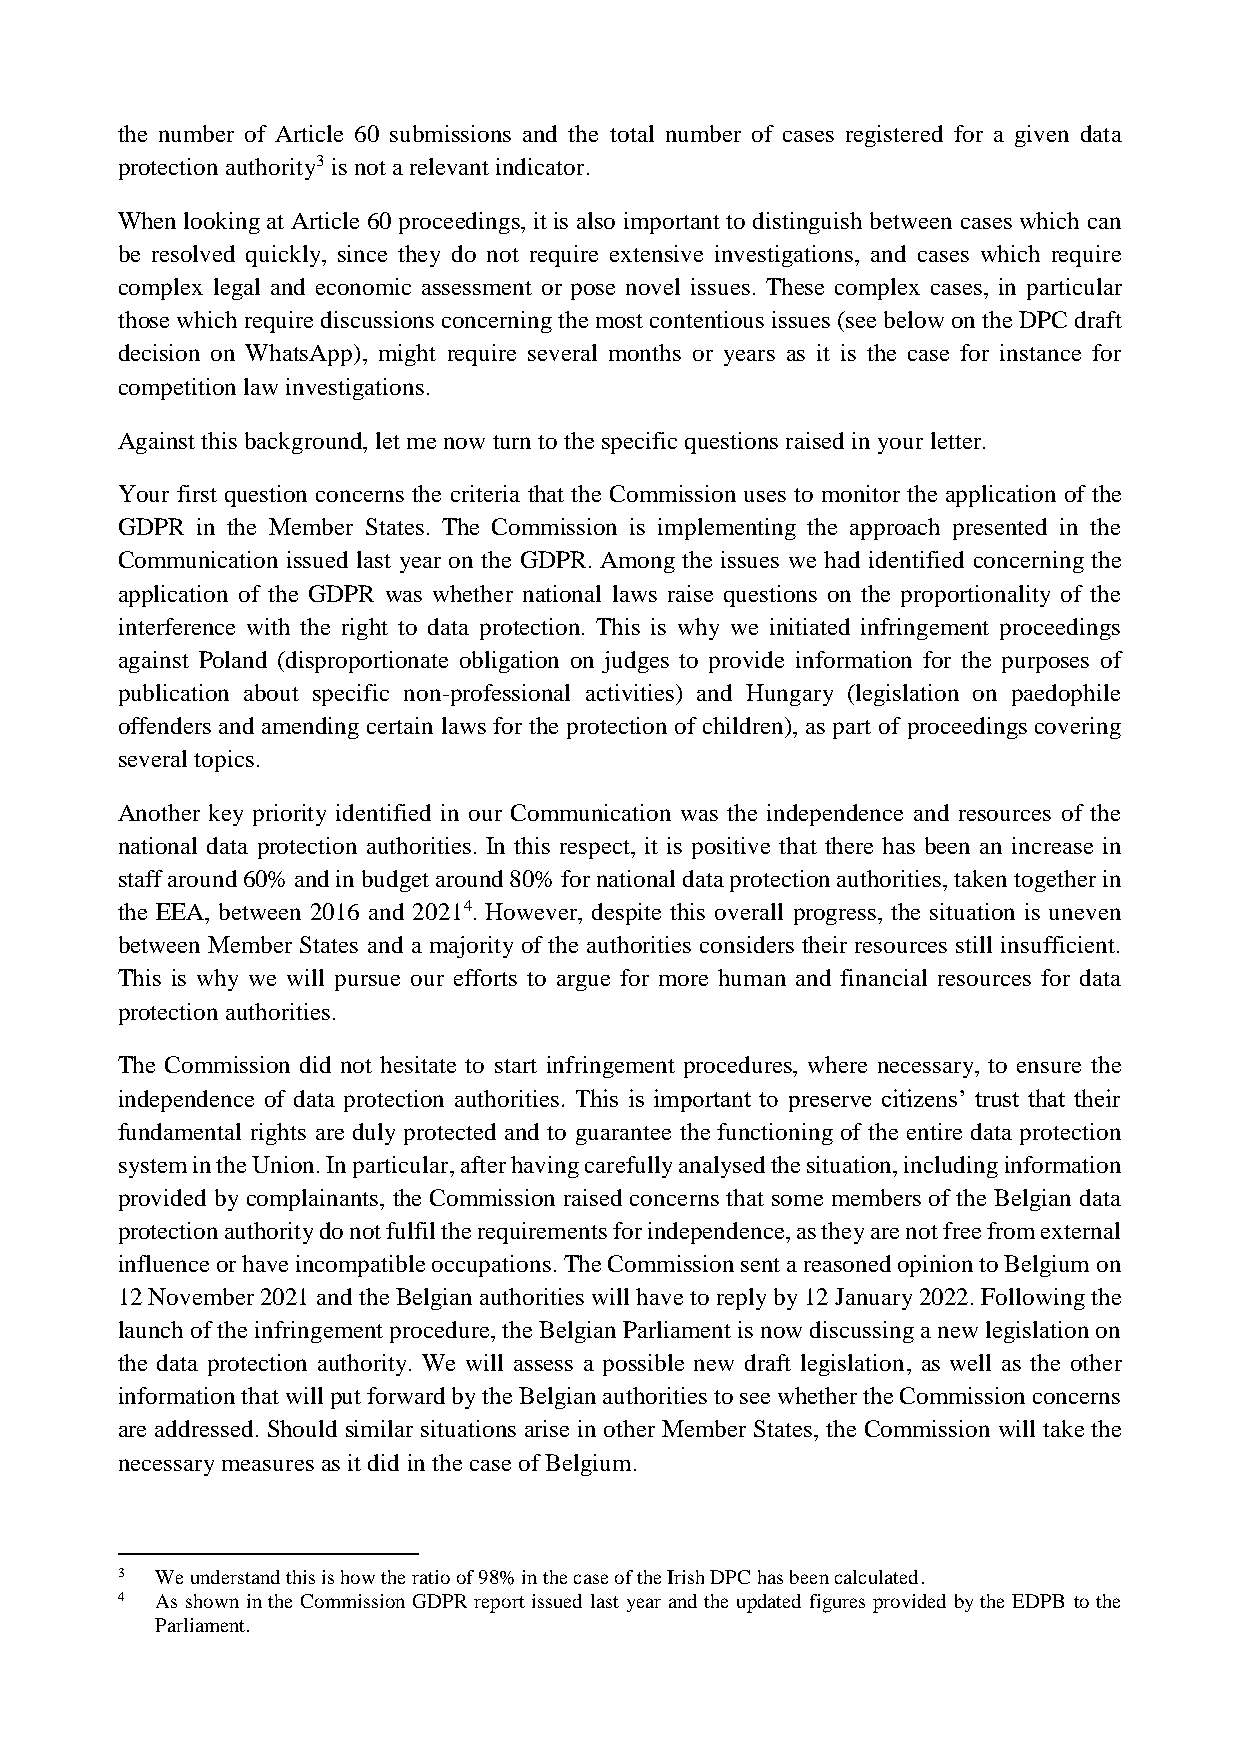
the number of Article 60 submissions and the total number of cases registered for a given data
 protection authority3 is not a relevant indicator.
 When looking at Article 60 proceedings, it is also important to distinguish between cases which can
 be resolved quickly, since they do not require extensive investigations, and cases which require
 complex legal and economic assessment or pose novel issues. These complex cases, in particular
 those which require discussions concerning the most contentious issues (see below on the DPC draft
 decision on WhatsApp), might require several months or years as it is the case for instance for
 competition law investigations.
 Against this background, let me now turn to the specific questions raised in your letter.
 Your first question concerns the criteria that the Commission uses to monitor the application of the
 GDPR in the Member States. The Commission is implementing the approach presented in the
 Communication issued last year on the GDPR. Among the issues we had identified concerning the
 application of the GDPR was whether national laws raise questions on the proportionality of the
 interference with the right to data protection. This is why we initiated infringement proceedings
 against Poland (disproportionate obligation on judges to provide information for the purposes of
 publication about specific non-professional activities) and Hungary (legislation on paedophile
 offenders and amending certain laws for the protection of children), as part of proceedings covering
 several topics.
 Another key priority identified in our Communication was the independence and resources of the
 national data protection authorities. In this respect, it is positive that there has been an increase in
 staff around 60% and in budget around 80% for national data protection authorities, taken together in
 the EEA, between 2016 and 20214. However, despite this overall progress, the situation is uneven
 between Member States and a majority of the authorities considers their resources still insufficient.
 This is why we will pursue our efforts to argue for more human and financial resources for data
 protection authorities.
 The Commission did not hesitate to start infringement procedures, where necessary, to ensure the
 independence of data protection authorities. This is important to preserve citizens’ trust that their
 fundamental rights are duly protected and to guarantee the functioning of the entire data protection
 system in the Union. In particular, after having carefully analysed the situation, including information
 provided by complainants, the Commission raised concerns that some members of the Belgian data
 protection authority do not fulfil the requirements for independence, as they are not free from external
 influence or have incompatible occupations. The Commission sent a reasoned opinion to Belgium on
 12 November 2021 and the Belgian authorities will have to reply by 12 January 2022. Following the
 launch of the infringement procedure, the Belgian Parliament is now discussing a new legislation on
 the data protection authority. We will assess a possible new draft legislation, as well as the other
 information that will put forward by the Belgian authorities to see whether the Commission concerns
 are addressed. Should similar situations arise in other Member States, the Commission will take the
 necessary measures as it did in the case of Belgium.
 3 We understand this is how the ratio of 98% in the case of the Irish DPC has been calculated.
 4 As shown in the Commission GDPR report issued last year and the updated figures provided by the EDPB to the
 Parliament.